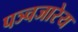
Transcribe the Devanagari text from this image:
पञ्चजारेय